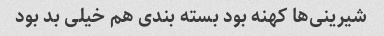
شیرینی‌ها کهنه بود بسته بندی هم خیلی بد بود